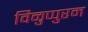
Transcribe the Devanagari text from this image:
विळुप्पुरम